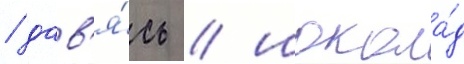
/ дав'я́сь / шокола́д